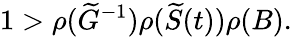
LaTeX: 1>\rho(\widetilde G^{-1})\rho(\widetilde{S}(t))\rho(B).